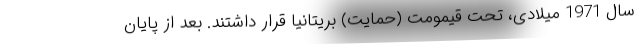
سال 1971 میلادی، تحت قیمومت (حمایت) بریتانیا قرار داشتند. بعد از پایان